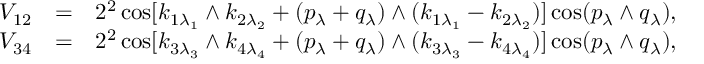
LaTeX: \begin{array} { r c l } { { V _ { 1 2 } } } & { { = } } & { { \displaystyle 2 ^ { 2 } \cos [ k _ { 1 \lambda _ { 1 } } \wedge k _ { 2 \lambda _ { 2 } } + ( p _ { \lambda } + q _ { \lambda } ) \wedge ( k _ { 1 \lambda _ { 1 } } - k _ { 2 \lambda _ { 2 } } ) ] \cos ( p _ { \lambda } \wedge q _ { \lambda } ) , } } \\ { { V _ { 3 4 } } } & { { = } } & { { \displaystyle 2 ^ { 2 } \cos [ k _ { 3 \lambda _ { 3 } } \wedge k _ { 4 \lambda _ { 4 } } + ( p _ { \lambda } + q _ { \lambda } ) \wedge ( k _ { 3 \lambda _ { 3 } } - k _ { 4 \lambda _ { 4 } } ) ] \cos ( p _ { \lambda } \wedge q _ { \lambda } ) , } } \end{array}